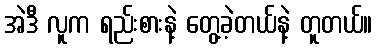
အဲဒီ လူက ရည်းစားနဲ့ တွေ့ခဲ့တယ်နဲ့ တူတယ်။